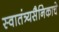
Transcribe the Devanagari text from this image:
स्वातंत्र्यसैनिकाचे